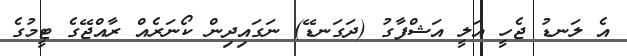
އެ ލަނޑު ޖެހީ އަލީ އަޝްފާގު (ދަގަނޑޭ) ނަގައިދިން ކޯނަރެއް ރާއްޖޭގެ ޓީމުގެ